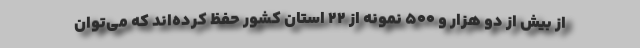
از بیش از دو هزار و ۵۰۰ نمونه از ۲۲ استان کشور حفظ کرده‌اند که می‌توان